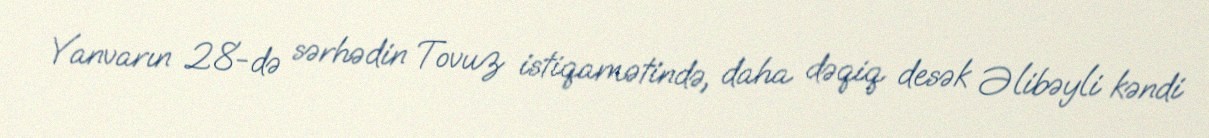
Yanvarın 28-də sərhədin Tovuz istiqamətində, daha dəqiq desək Əlibəyli kəndi